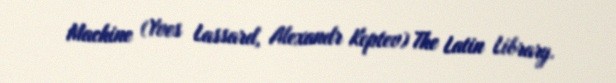
Machine (Yves Lassard, Alexandr Koptev) The Latin Library.